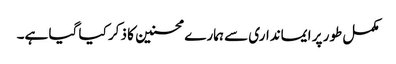
مکمل طور پر ایمانداری سے ہمارے محسنین کا ذکر کیا گیا ہے۔